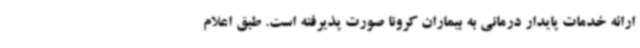
ارائه خدمات پایدار درمانی به بیماران کرونا صورت پذیرفته است. طبق اعلام